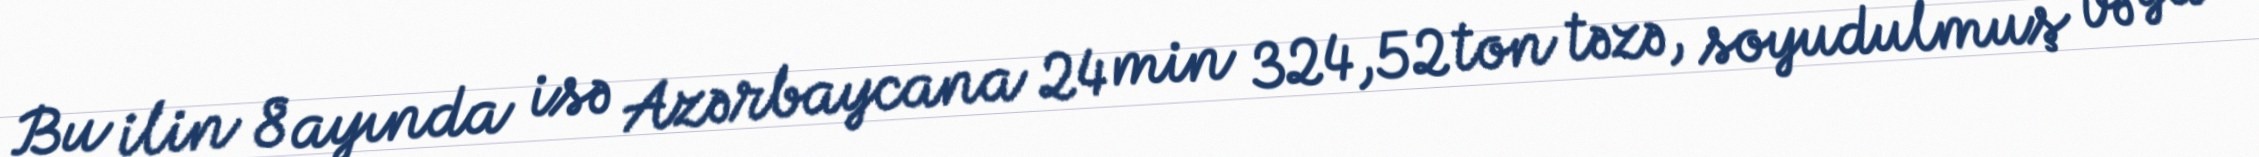
Bu ilin 8 ayında isə Azərbaycana 24 min 324,52 ton təzə, soyudulmuş və ya